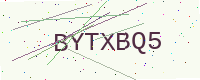
Text: BYTXBQ5